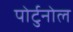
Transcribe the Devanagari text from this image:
पोर्टुनोल